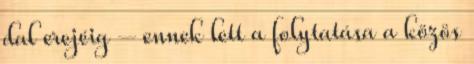
dal erejéig – ennek lett a folytatása a közös